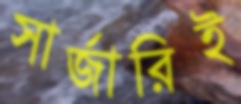
সার্জারিই